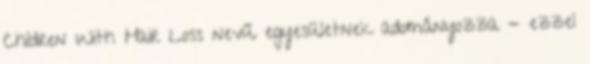
Children With Hair Loss nevű egyesületnek adományozza - ezzel